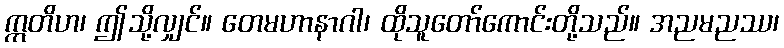
ဣတိဟ၊ ဤသို့လျှင်။ တေမဟာနာဂါ၊ ထိုသူတော်ကောင်းတို့သည်။ အညမညဿ၊